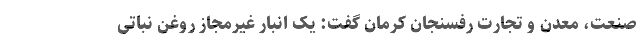
صنعت، معدن و تجارت رفسنجان کرمان گفت: یک انبار غیرمجاز روغن نباتی